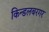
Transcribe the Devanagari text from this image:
किन्डलबरगर